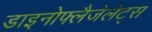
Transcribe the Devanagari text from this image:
डाइनोफ्लैजेलेट्स